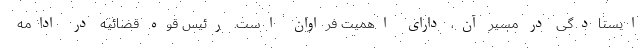
ایستادگی در مسیر آن، دارای اهمیت فراوان است. رئیس قوه قضائیه در ادامه